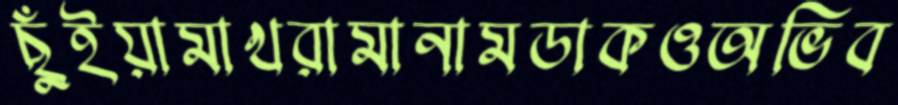
ছুঁইয়ামাখরামানামডাকওঅভিব